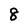
Character: 8